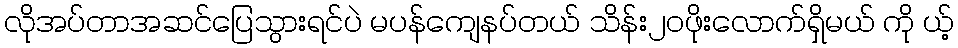
လိုအပ်တာအဆင်ပြေသွားရင်ပဲ မပန်ကျေနပ်တယ် သိန်း၂၀ဖိုးလောက်ရှိမယ် ကို ယ့်